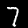
Label: 7